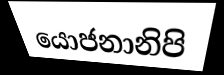
යොජනානිපි